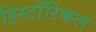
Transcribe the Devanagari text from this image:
हिस्टाॅरिकल